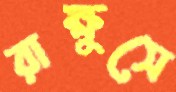
রাক্ষুসে